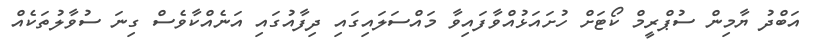
އަބްދު ޔާމިން ސުޕްރީމް ކޯޓަށް ހުށައަޅުއްވާފައިވާ މައްސަލައިގައި ދިފާއުގައި އަނެއްކާވެސް ގިނަ ސުވާލުތަކެއް